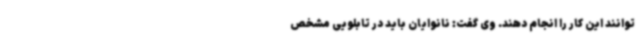
توانند این کار را انجام دهند. وی گفت: نانوایان باید در تابلویی مشخص